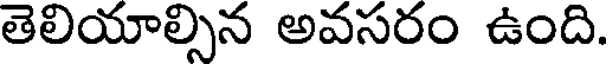
తెలియాల్సిన అవసరం ఉంది.